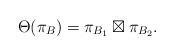
LaTeX: \begin{align*} \Theta(\pi_B) = \pi_{B_1} \boxtimes \pi_{B_2}.\end{align*}